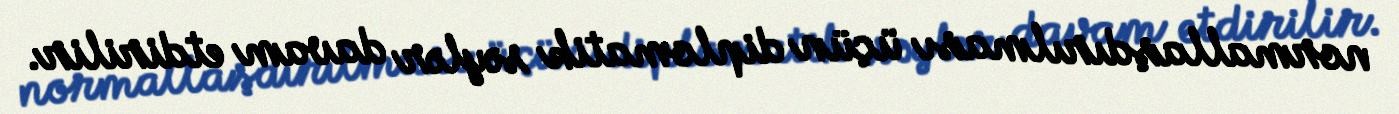
normallaşdırılması üçün diplomatik səylər davam etdirilir.